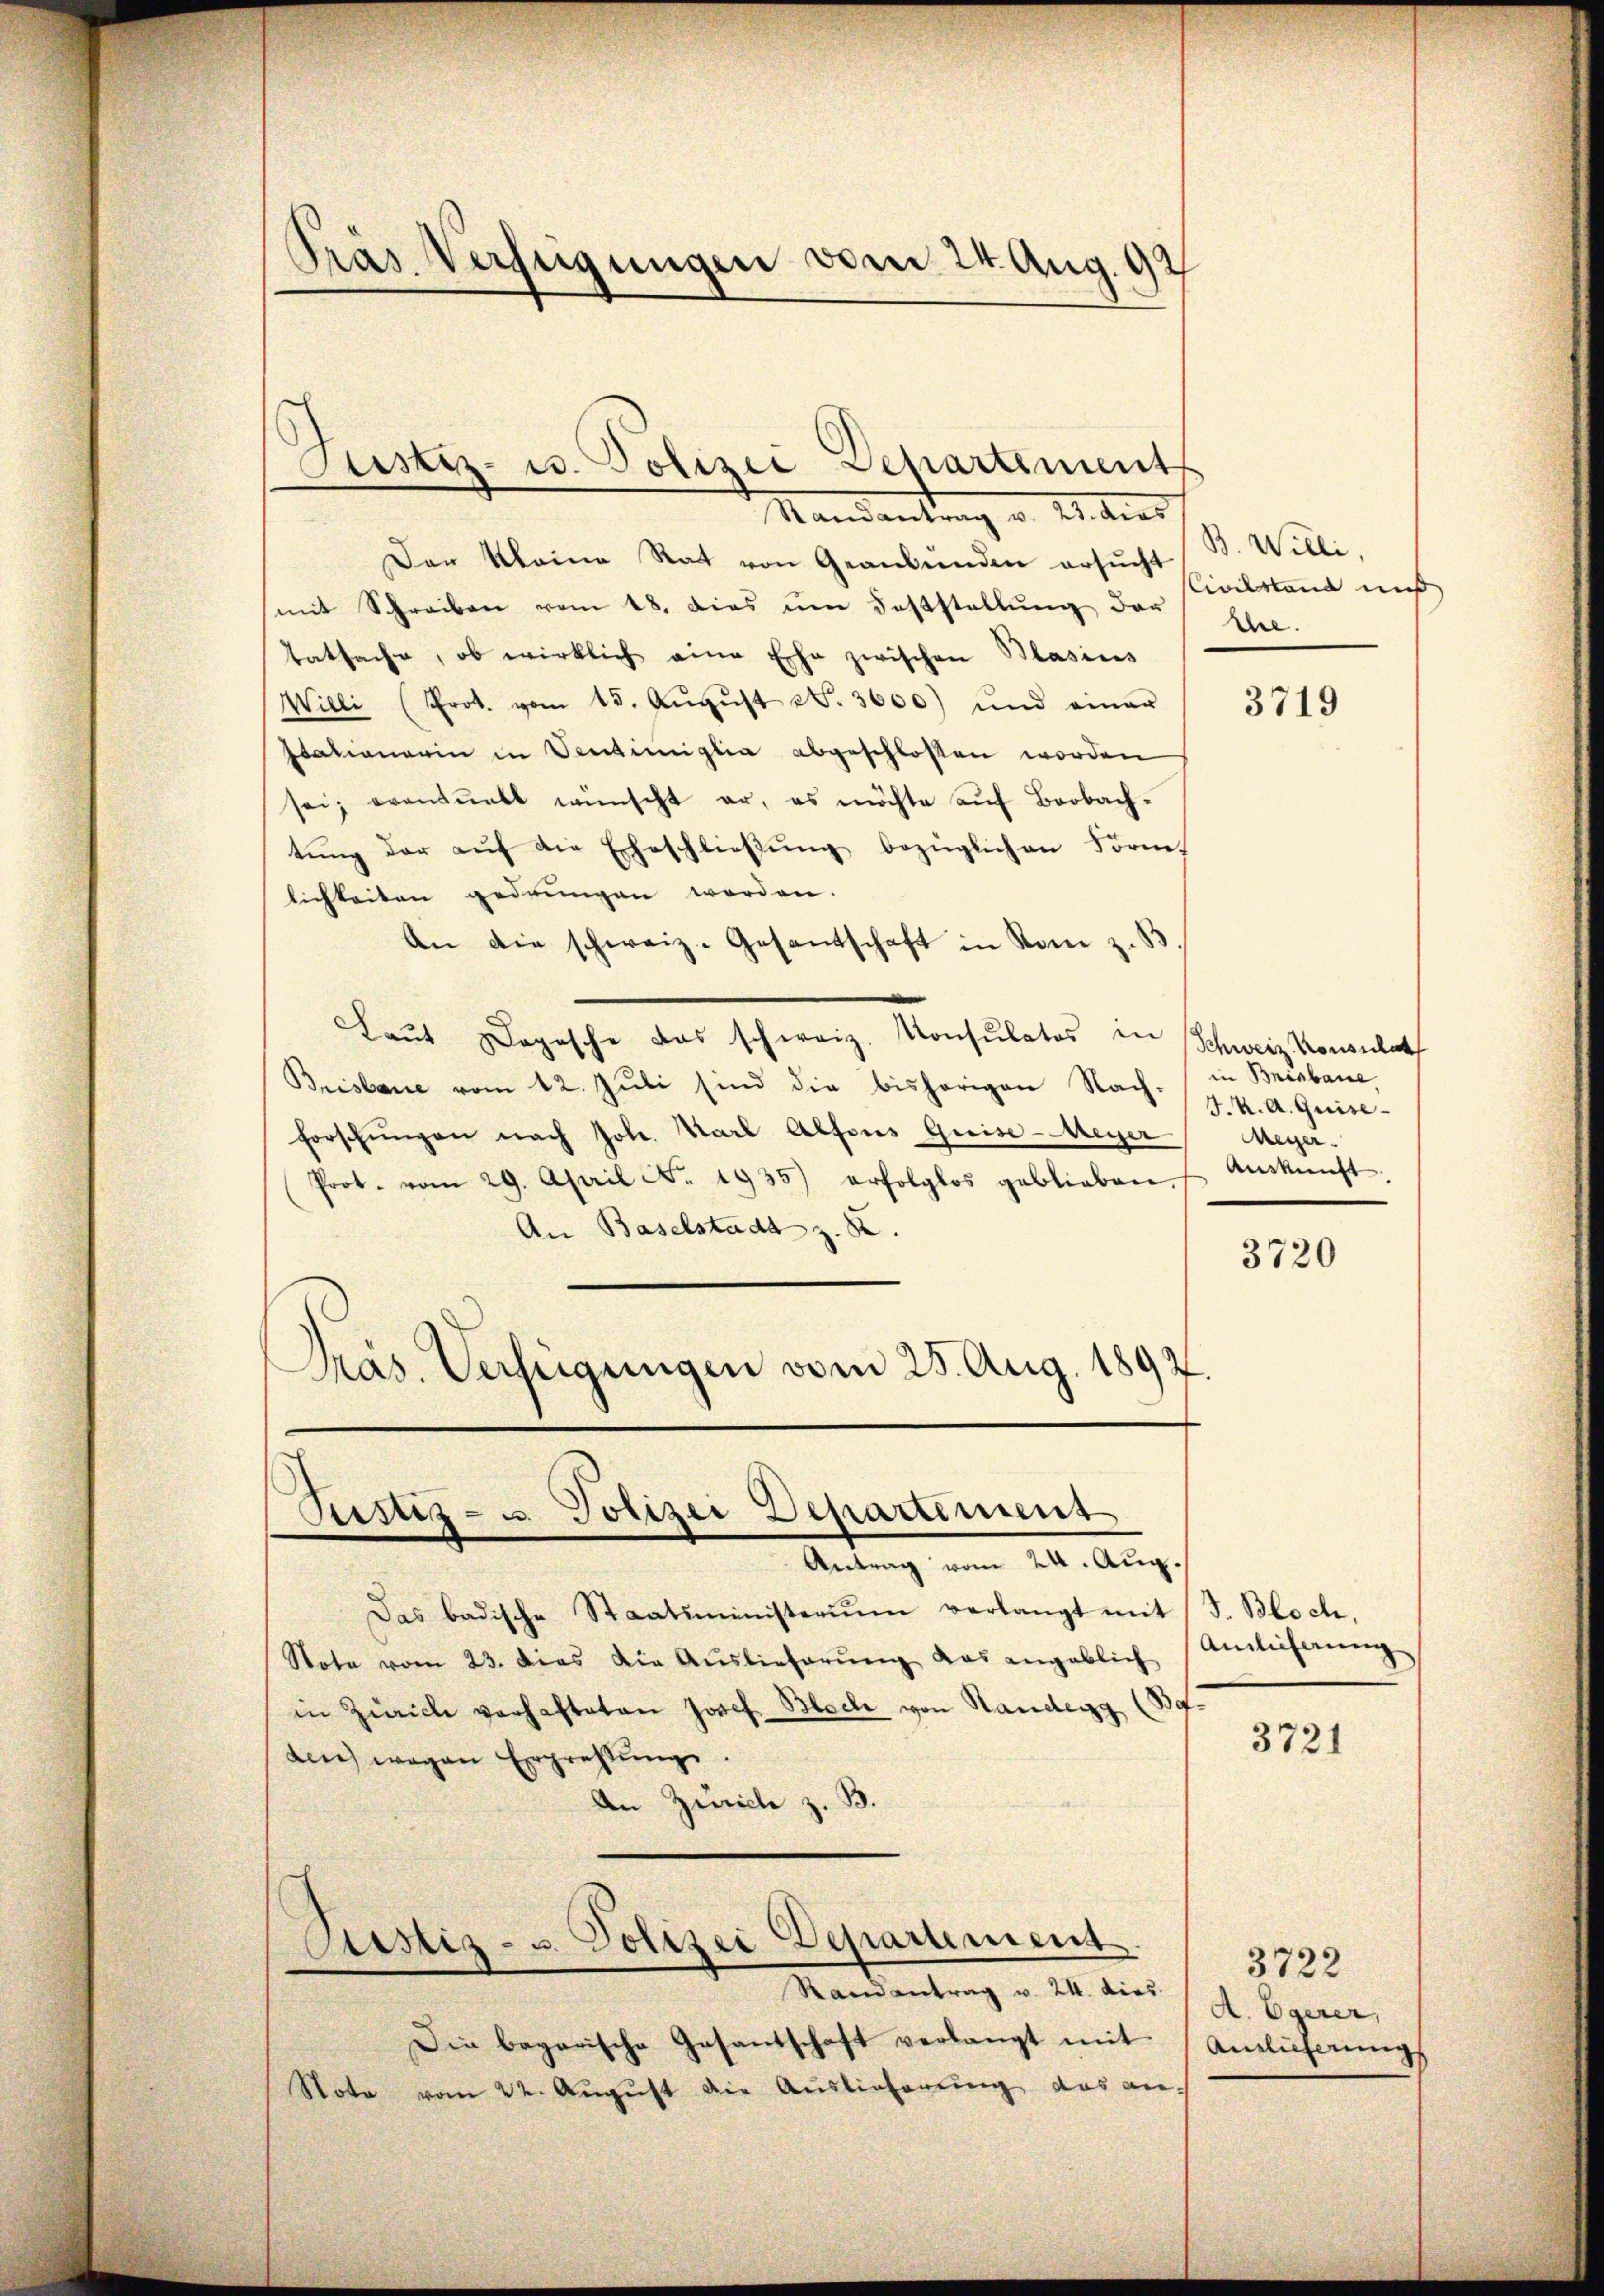
Gras Verfügungen vom 24. Aug. 92

Mandantung d. 21. dies
Der Kleine Rat von Graubünden ersucht
mit Schreiben vom 18. dies um Feststellung der
tatsache, ob wirklich eine Ehe zwischen Blasius
Willi (Prot. vom 15. Aŭgŭst . 3600) und einer
rationerin in Ventimiglia abgeschlossen worden
sei; eventuelt wünscht er, es möchte aŭf Beobach-
tŭng der aŭf die Erbeschlieβŭng bezüglichen Form
lichkeiten gedrungen worden.
An die schweiz. Gesantschaft in Rom z. B.
Laut Dogische das schweiz. Konsulatos in Schweiz. Konsulat
Brisbare vom 12. Juli sind die bisherigen Nach- in Brisbaue
forschungen nach Joh. Karl Alfons Greise-Meyer
Prot. vom 29. April N. 1935) erfolglos geblieben Ankŭnft.
An Baselstadt z. B
Pras. Verfügungen vom 25. Aug. 1892.

Geistiz- u. Polizei Departement

Ristiz- u. Polizei Departement
Antrag vom 24. Aug.

Das badische Staatsministerium verlangt mit (S. Bloch,
Note vom 23. dies die Auslieferŭng das angeblich
in Zürich verhafteten Josef Bloch von Handegg (B
den) wegen Erprettŭng.
An Züricle z. B.
Custiz- u. Polizei Departement
Randantrag v. 24. dies
Die begarische Gesantschaft verlangt mit Auslieferungs
Note vom 22. August die Auslieferung das an-

B. Willi,
Civilstand miß
the.

3719

J. K. A. Quise
Meger.

3720

Amlicherung

3721

3722
A. Egerer,